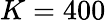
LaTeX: K=400